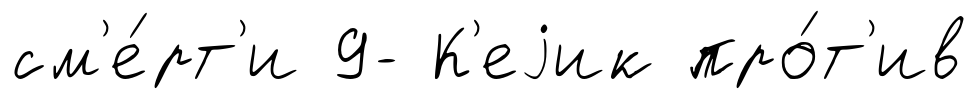
см'е́рт'и 9- К'еjик про́т'ив